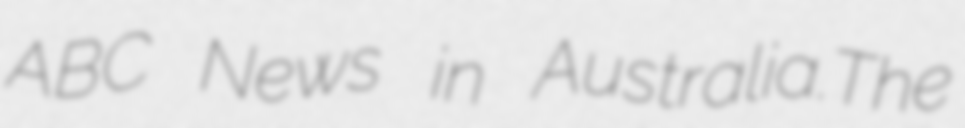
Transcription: ABC News in Australia.The